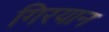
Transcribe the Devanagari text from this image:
गिरयान